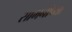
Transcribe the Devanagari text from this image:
सामनीच्या